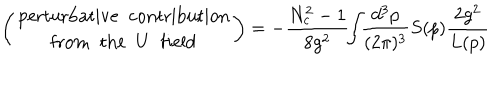
\left( \begin{array} { c } { { \mathrm { p e r t u r b a t i v e \; \; c o n t r i b u t i o n } } } \\ { { \mathrm { f r o m \; \; t h e \; \; } U \; \; \mathrm { f i e l d } } } \\ \end{array} \right) = - \frac { N _ { c } ^ { 2 } - 1 } { 8 g ^ { 2 } } \! \! \int \! \! \frac { d ^ { 3 } p } { ( 2 \pi ) ^ { 3 } } S ( p ) \frac { 2 g ^ { 2 } } { L ( p ) }